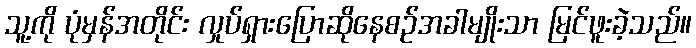
သူ့ကို ပုံမှန်အတိုင်း လှုပ်ရှားပြောဆိုနေစဉ်အခါမျိုးသာ မြင်ဖူးခဲ့သည်။